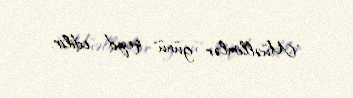
"Müəllimlər günü" qeyd edilir.